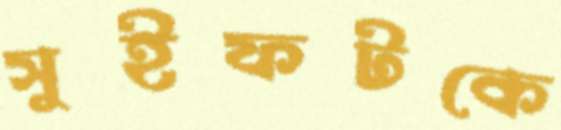
সুইফটকে